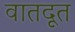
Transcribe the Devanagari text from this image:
वातदूत